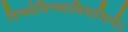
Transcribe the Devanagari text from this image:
विन्ध्येविन्ध्याधिवासिनी।